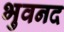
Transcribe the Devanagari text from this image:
भुवनद